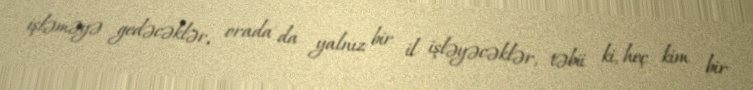
işləməyə gedəcəklər, orada da yalnız bir il işləyəcəklər, təbii ki, heç kim bir